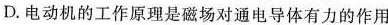
D.电动机的工作原理是磁场对通电导体有力的作用